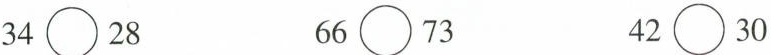
$$34\bigcirc{}28$$ $$66\bigcirc{}73$$ $$42\bigcirc{}30$$